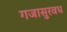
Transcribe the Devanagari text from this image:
गजासुरवध